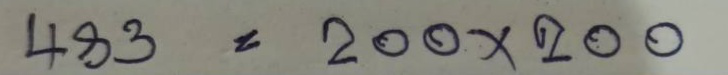
483 = 200 x 200